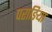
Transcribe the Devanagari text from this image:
पराङिया